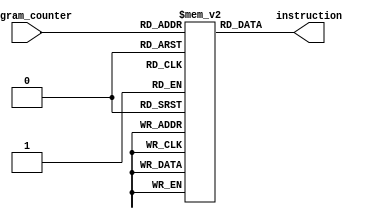
module instruction_memory(instruction, program_counter);
input [7:0] program_counter;
output [31:0] instruction;

reg [31:0]instr_mem[255:0];

assign instruction = instr_mem[program_counter]; // getting instruction by PC

endmodule